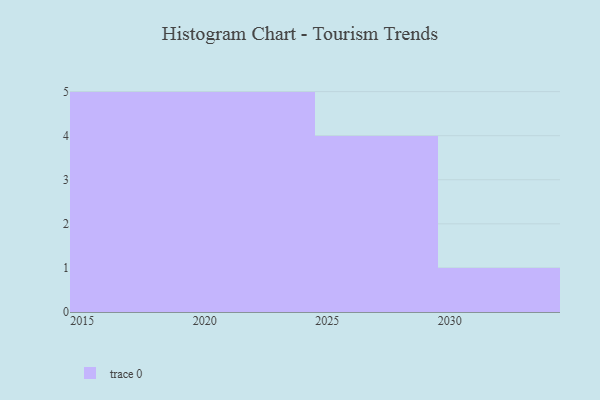
{"axis": {"x": "Year", "y": "Operating Costs (USD K)"}, "legend": [""], "data": [{"x": "2016", "y": 79, "type": ""}, {"x": "2024", "y": 4, "type": ""}, {"x": "2029", "y": 73, "type": ""}, {"x": "2026", "y": 95, "type": ""}, {"x": "2025", "y": 83, "type": ""}, {"x": "2021", "y": 15, "type": ""}, {"x": "2023", "y": 32, "type": ""}, {"x": "2018", "y": 20, "type": ""}, {"x": "2020", "y": 88, "type": ""}, {"x": "2030", "y": 72, "type": ""}, {"x": "2022", "y": 93, "type": ""}, {"x": "2019", "y": 93, "type": ""}, {"x": "2015", "y": 2, "type": ""}, {"x": "2027", "y": 39, "type": ""}, {"x": "2017", "y": 71, "type": ""}]}